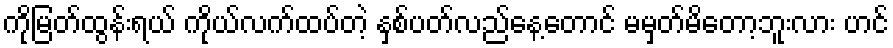
ကိုမြတ်ထွန်းရယ် ကိုယ်လက်ထပ်တဲ့ နှစ်ပတ်လည်နေ့တောင် မမှတ်မိတော့ဘူးလား ဟင်